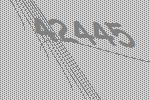
42445